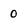
Character: 0